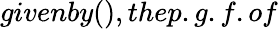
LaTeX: givenby(),thep.g.f.of